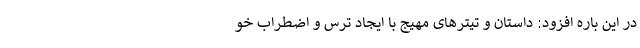
در این باره افزود: داستان و تیترهای مهیج با ایجاد ترس و اضطراب خو